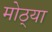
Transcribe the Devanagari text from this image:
मोठ्‍या